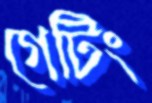
গেটিং